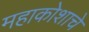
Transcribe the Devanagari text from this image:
महाकोशाचे